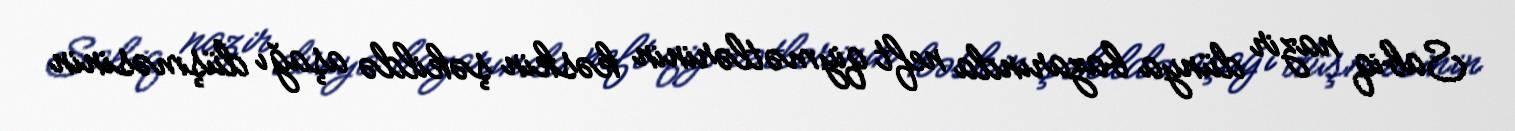
Sabiq nazir dünya bazarında neft qiymətlərinin kəskin şəkildə aşağı düşməsinin